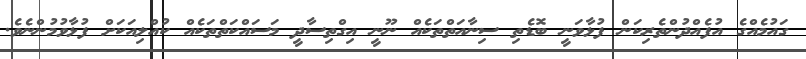
ގައުމެއްގެ އުފެއްދުންތެރިކަން ފުޅާވަނީ ބޮޑެތި ސިނާއަތްތަކެއް ނޫނީ އިގްތިސާދީ މަސައްކަތްތަކެއް ކުއްލިއަކަށް ފުޅާވުމުންނެވެ.